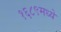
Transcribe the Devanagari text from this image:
१६८९मध्ये